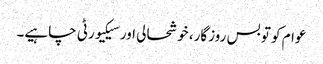
عوام کو تو بس روزگار، خوشحالی اور سیکیورٹی چاہیے۔